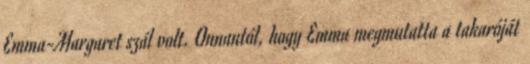
Emma-Margaret szál volt. Onnantól, hogy Emma megmutatta a takaróját